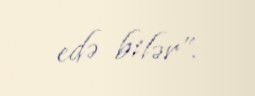
edə bilər”.